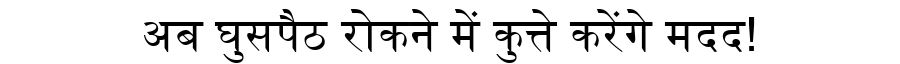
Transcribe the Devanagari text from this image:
अब घुसपैठ रोकने में कुत्ते करेंगे मदद!